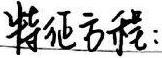
特征方程：